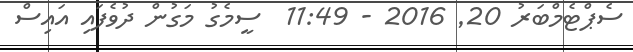
ސެޕްޓެމްބަރު 20